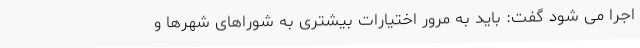
اجرا می شود گفت: باید به مرور اختیارات بیشتری به شوراهای شهرها و